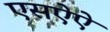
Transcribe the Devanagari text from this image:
एसऐऐ